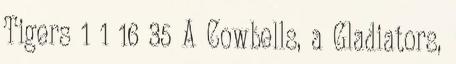
Tigers 1 1 16 35 A Cowbells, a Gladiators,